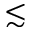
\lesssim